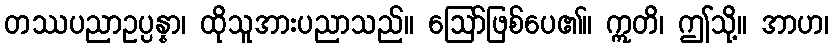
တဿပညာဥပ္ပန္နာ၊ ထိုသူအားပညာသည်။ ဩော်ဖြစ်ပေ၏။ ဣတိ၊ ဤသို့။ အာဟ၊